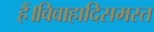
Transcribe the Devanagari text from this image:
हैं।विवाहादिसमस्त